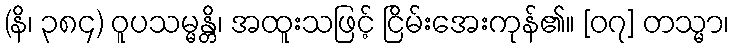
(နိ၊ ၃၈၄) ဝူပသမ္မန္တိ၊ အထူးသဖြင့် ငြိမ်းအေးကုန်၏။ [၀၇] တသ္မာ၊